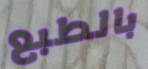
بالطبع